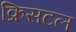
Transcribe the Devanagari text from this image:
क्रिसटल